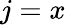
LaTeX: j=x